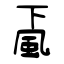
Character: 颪